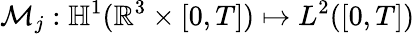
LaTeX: \mathcal{M}_{j}:\mathbb{H}^{1}(\mathbb{R}^{3}\times[0,T])\mapsto L^{2}([0,T])